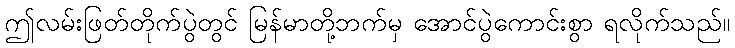
ဤလမ်းဖြတ်တိုက်ပွဲတွင် မြန်မာတို့ဘက်မှ အောင်ပွဲကောင်းစွာ ရလိုက်သည်။